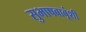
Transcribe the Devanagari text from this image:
सुभाषबाबूंशी